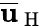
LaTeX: \overline{{\mathbf{u}}}_{\mathrm{~H~}}